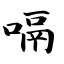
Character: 嗝